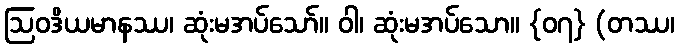
ဩဝဒိယမာနဿ၊ ဆုံးမအပ်သော်။ ဝါ၊ ဆုံးမအပ်သော။ {၀၇} (တဿ၊